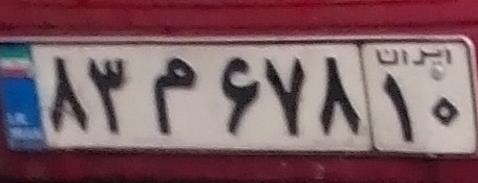
۸۳م۶۷۸۱۰